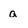
Character: a